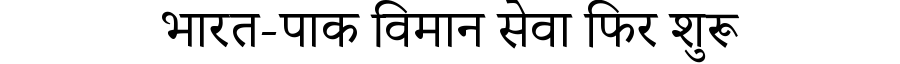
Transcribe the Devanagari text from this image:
भारत-पाक विमान सेवा फिर शुरू